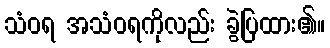
သံဝရ အသံဝရကိုလည်း ခွဲပြထား၏။